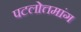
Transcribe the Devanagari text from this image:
पटलोत्तमांग